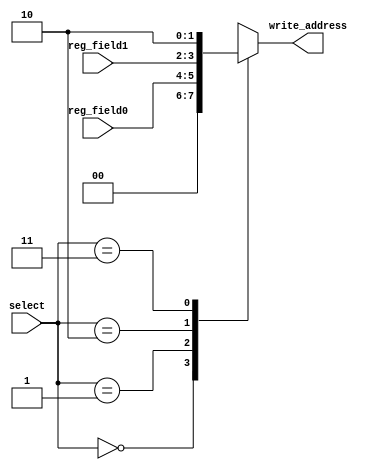
module write_address_select (input [1:0] select, input [1:0] reg_field0, reg_field1, output reg [1:0] write_address);

	always @(*) begin
		case(select) 
			2'b00: write_address = 2'b0;
			2'b01: write_address = reg_field0;
			2'b10: write_address = reg_field1;
			2'b11: write_address = 2;
		endcase
	end		

endmodule